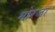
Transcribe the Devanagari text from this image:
मोरजा